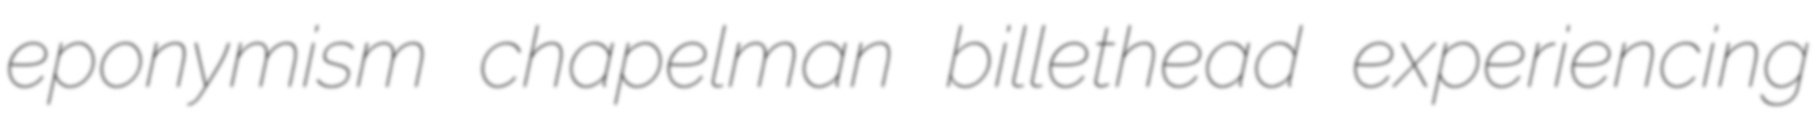
eponymism chapelman billethead experiencing